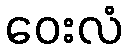
ဝေးလံ